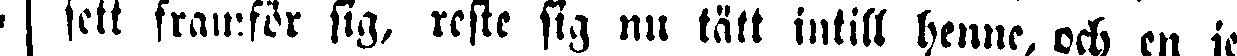
sett framför sig, reste sig nu tätt intill henne, och en je